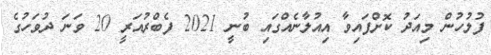
ފުލުހުން މިއަދު ކޮށްފައިވާ އިއުލާނެއްގައި ބުނީ 2021 ފެބްރުއަރީ 20 ވަނަ ދުވަހުގެ